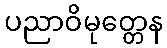
ပညာဝိမုတ္တေန